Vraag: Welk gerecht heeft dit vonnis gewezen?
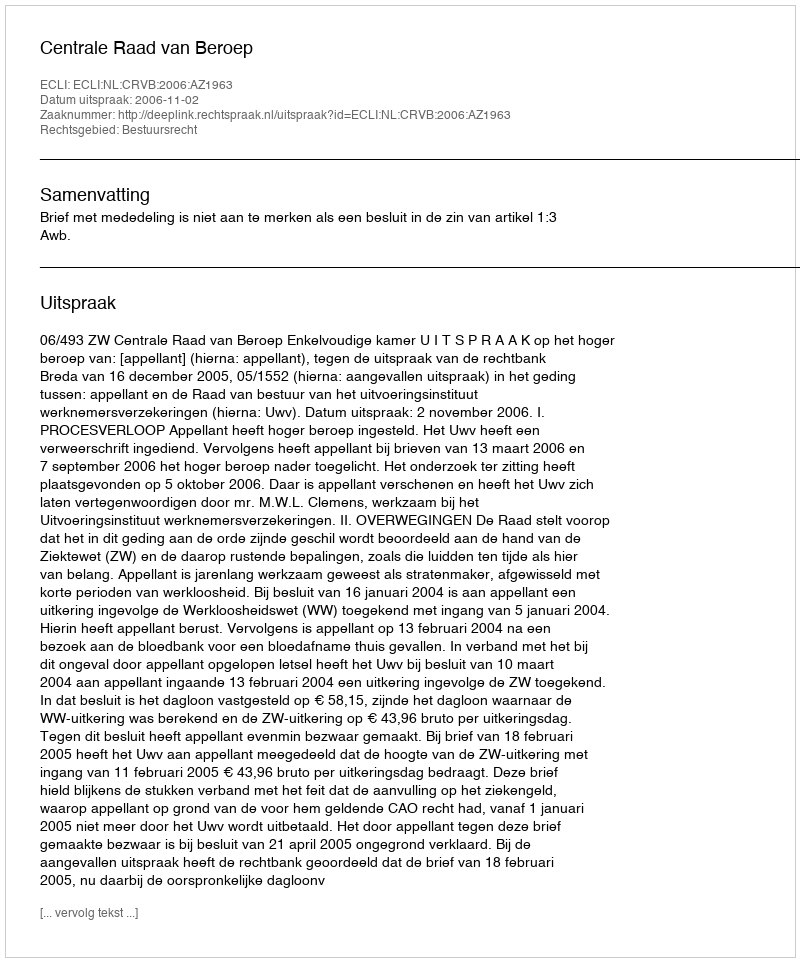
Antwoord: Centrale Raad van Beroep